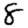
Digit: 8